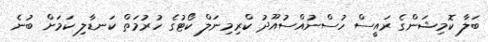
ބަލާ ކޮމިޝަންގެ ރައީސް ހުސްނުއްސުއޫދު ކްރިމިނަލް ކޯޓުގެ ހުރުމަތް ކަނޑާލި ކަމަށް ބުނެ